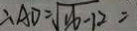
\therefore A D = \sqrt { 1 6 - 1 2 } =